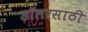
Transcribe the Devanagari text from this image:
डॉलरसाठी